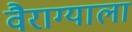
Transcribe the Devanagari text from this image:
वैराग्याला